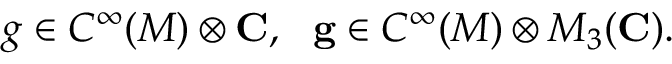
g \in C ^ { \infty } ( M ) \otimes { \bf C } , ~ ~ { \bf g } \in C ^ { \infty } ( M ) \otimes M _ { 3 } ( { \bf C } ) .